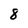
Character: 8